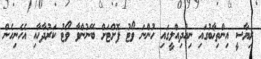
ރިޔާސީ އިންތިޚާބުގައި ނިއުދިއްލީގައި ހުންނަ ވޯޓު ފޮށްޓަށް ބޭނުންވާ ވޯޓު ކަރުދާހާއި އެހެނިހެން